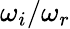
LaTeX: \omega_{i}/\omega_{r}